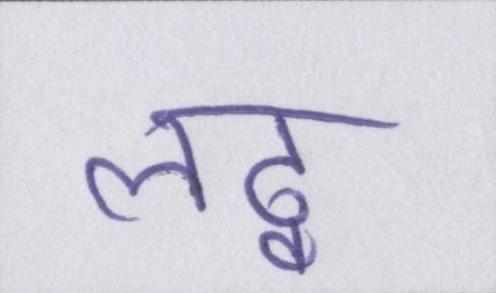
लठ्ठ